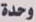
وحدة